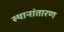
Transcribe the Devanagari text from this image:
स्थानांतारण